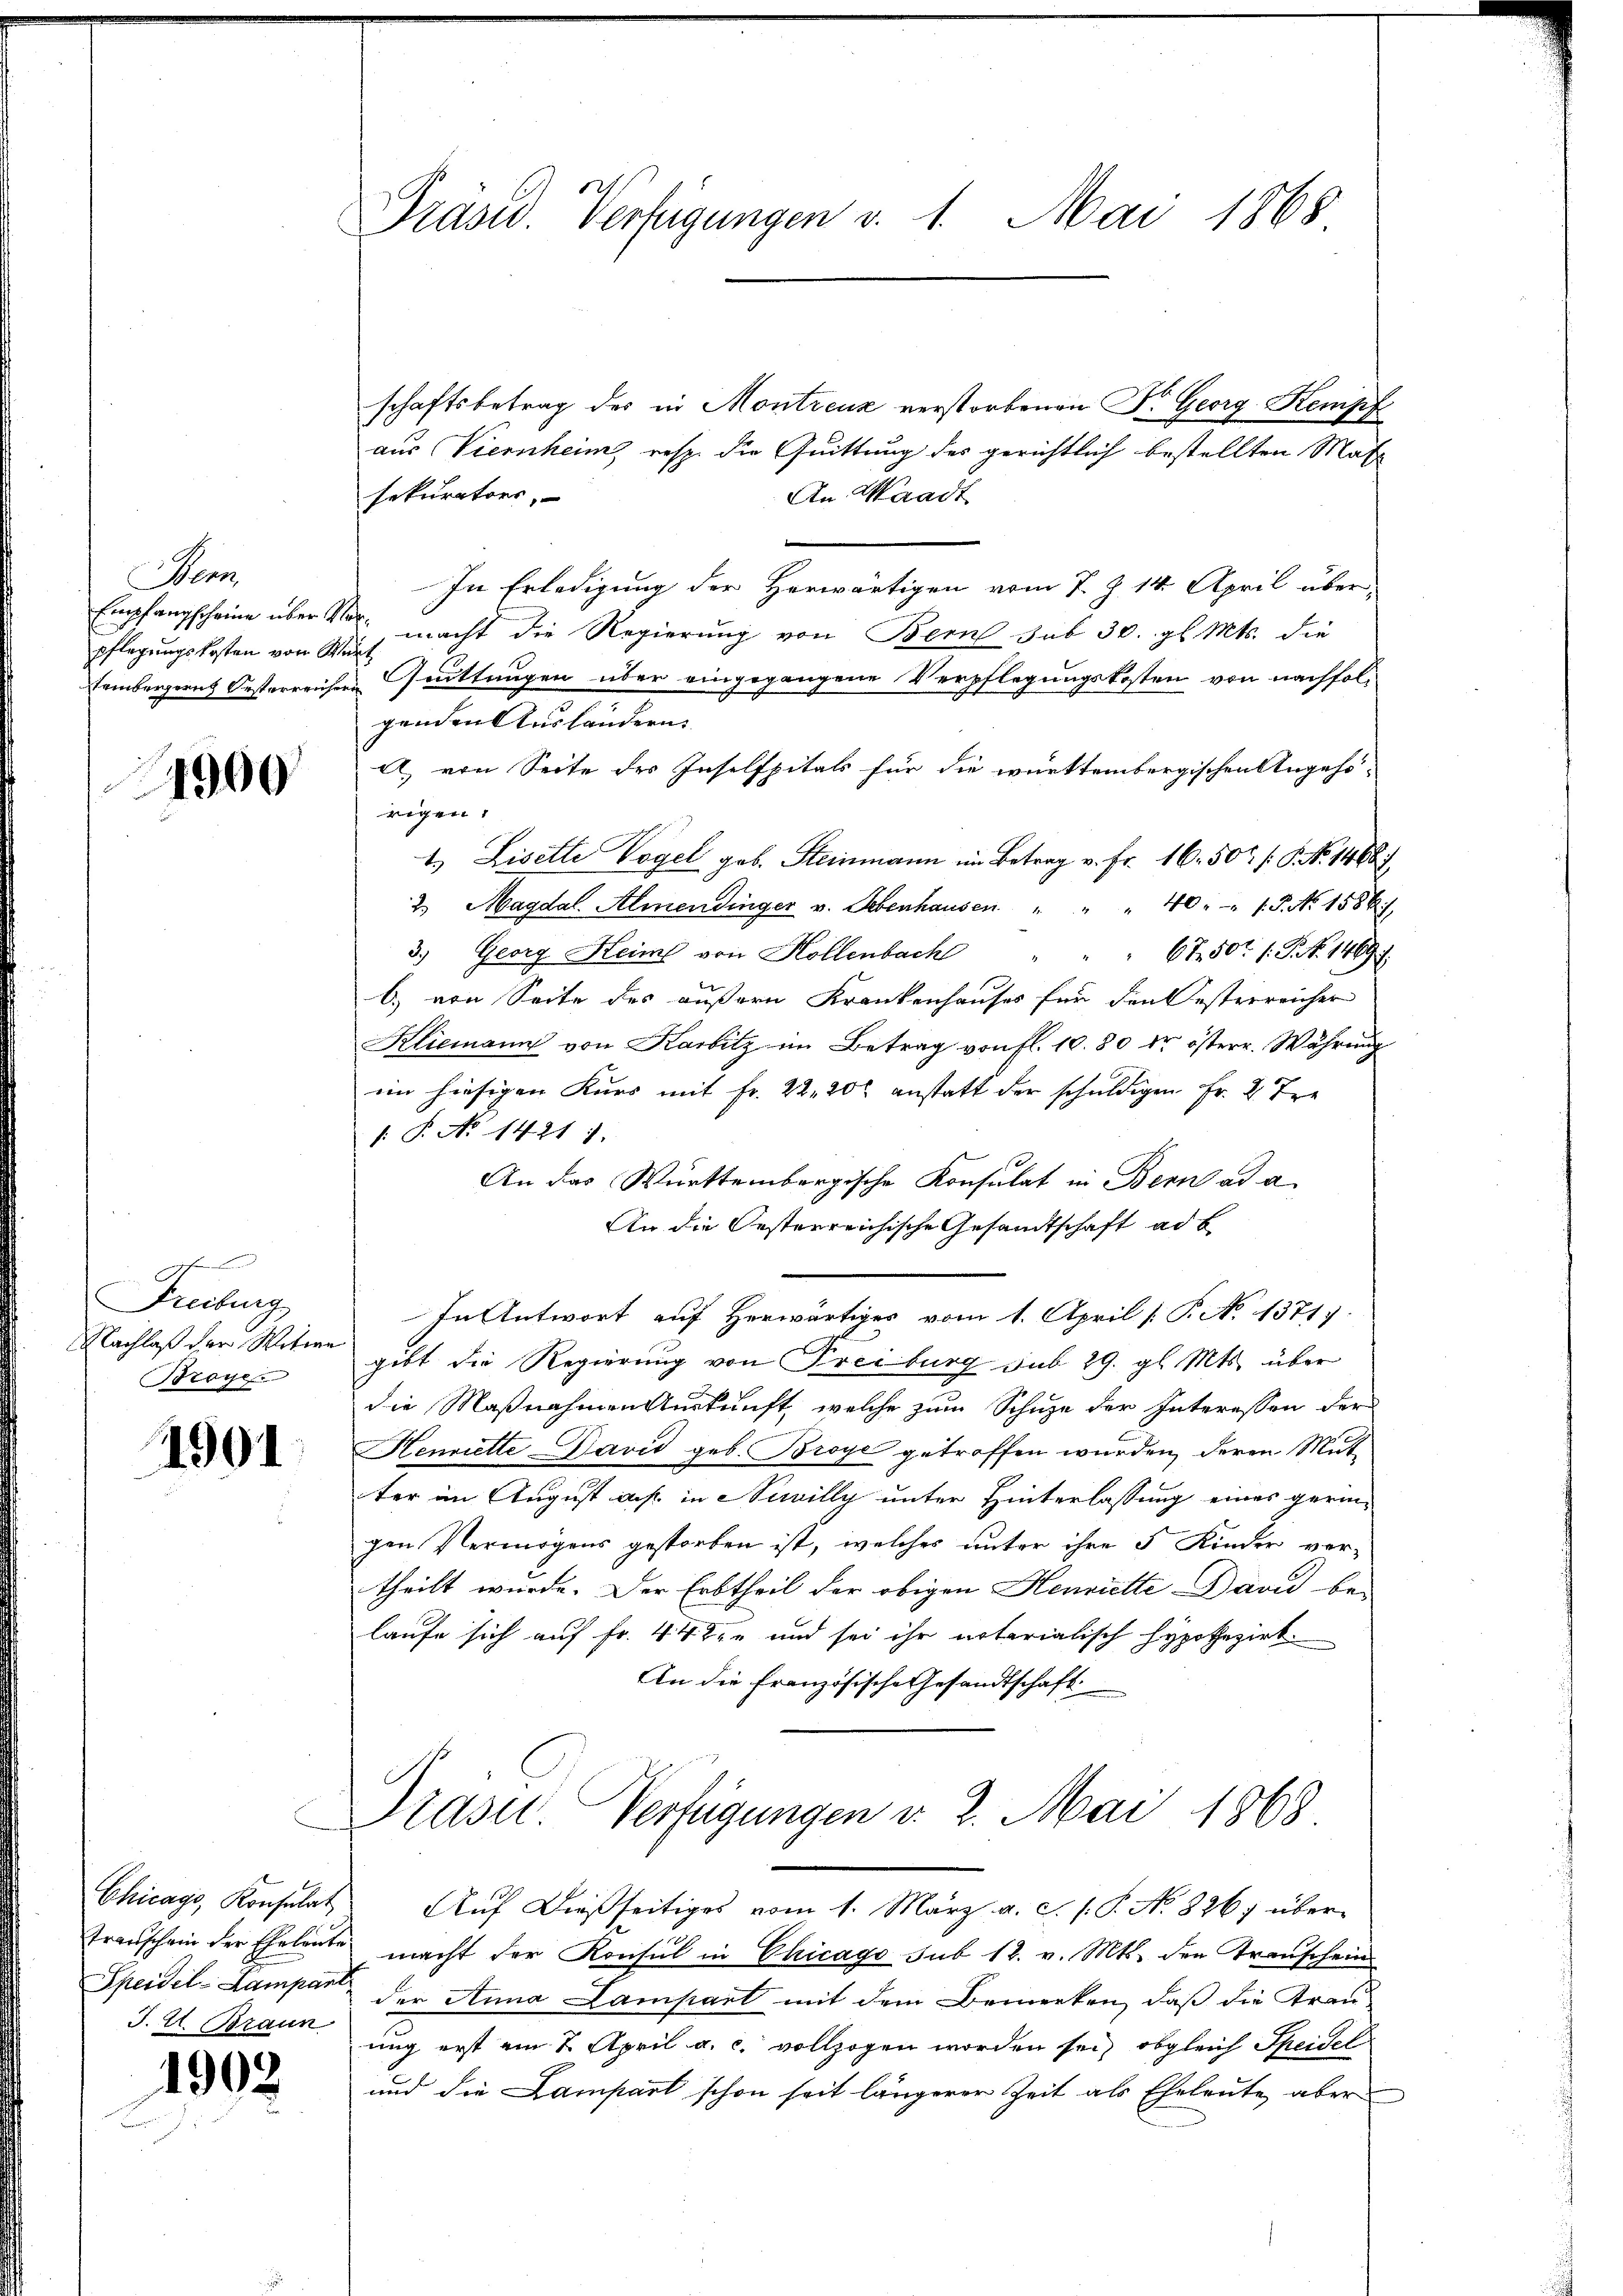
Mann
Empfangscheine über
pflegungskosten von St.
Steinbergerich Oesterreiche

4900

Freiburg
Nachlaß der Witwe
Broye

1901

Chicago, Konsulat
Transchein der Eheleute
Speisel-Lampani
J. H. Braun

1902

Präsid. Verfügungen v. 1. Mai 1868

schaftsbetrag des in Montreuz verstorbenen Dr. Georg Kempf
aus Viernheim, resp. die Quittung der gerichtlich bestellten Mat
sekurators,
An Waadt
In Erledigung der Herwärtigen vom 7. Z. 14. April über
 macht die Regierung von Bern sub 30. gl. Mts. die
e
e Grüttungen über eingegangene Verpflegungskosten von nachfolgenden Ausländern
A) von Seite des Inselfpitals für die württembergischen Angehö-
rigen
1.) Liselle Vogel geb. Steinmann im Betrag v. Fr. 16. 502 /: P. No. 1468)
2. Magdal. Almendinger v. Lebenhausen " " " 40 " " 15. No 1586.
3.) Georg Heims von Hollenbach " " " 6750t /: P. N. 1469.
b. von Seite des äußern Krankenhauses für den Oesterreicher
Kliemann von Karbitz im Betrag von fl. 10. 80 dr österr. Währung
im hiesigen Kurs mit Fr. 22, 20 % anstatt der schuldigen Fr. 2 Tre
/: P. No 1421).
An das Württembergische Konsulat in Bern ad a.
An die besterreichische Gesandtschaft ad b
In Antwort auf Herwärtiges vom 1. April [ P. No. 13717.
9
gibt die Regierung von Freiburg sub 29. gl. Mts. über
die Maßnahmen Auskunft, welche zum Schuze der Interessen der
Henriette David geb. Broye getroffen wurden, deren Mutter im August aus in Scilly unter Hinterlassung eines geringen Vermögens gestorben ist, welches unter ihre 3 Kinder ver-
theilt wurde. Der Erbtheil der obigen Henriette David be-
laufe sich auf Fr. 44 den und sei ihr notarialisch hypothezirk
An die französische Gesandtschaft

Praser Verfügungen v. 2. Mai 1868

macht der Konsul in Chicago sub 12. v. Mts. den Transchein
der Anna Lampart mit dem Bemerken, daß die Trauung erst am 1. April a. c. vollzogen worden sei, obgleich Speisel
und die Lampart schon seit längerer Zeit als Eheleute aber

Auf dießseitiges vom 1. März a. c. s. P. N. 826) über¬